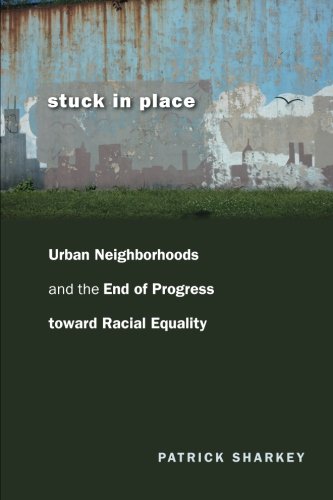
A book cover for Stuck in Place: Urban Neighborhoods and the End of Progress toward Racial Equality; Patrick Sharkey; Politics & Social Sciences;